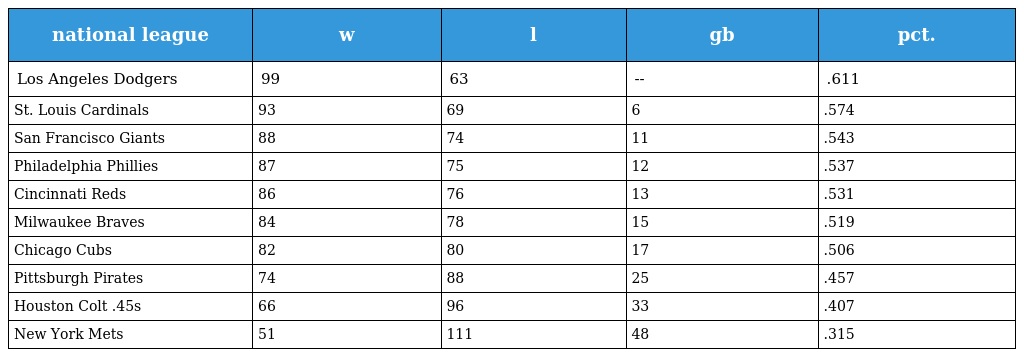
| national league | w | l | gb | pct. |
 | --- | --- | --- | --- | --- |
 | Los Angeles Dodgers | 99 | 63 | -- | .611 |
 | St. Louis Cardinals | 93 | 69 | 6 | .574 |
 | San Francisco Giants | 88 | 74 | 11 | .543 |
 | Philadelphia Phillies | 87 | 75 | 12 | .537 |
 | Cincinnati Reds | 86 | 76 | 13 | .531 |
 | Milwaukee Braves | 84 | 78 | 15 | .519 |
 | Chicago Cubs | 82 | 80 | 17 | .506 |
 | Pittsburgh Pirates | 74 | 88 | 25 | .457 |
 | Houston Colt .45s | 66 | 96 | 33 | .407 |
 | New York Mets | 51 | 111 | 48 | .315 |